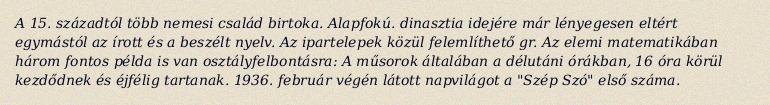
A 15. századtól több nemesi család birtoka. Alapfokú. dinasztia idejére már lényegesen eltért egymástól az írott és a beszélt nyelv. Az ipartelepek közül felemlíthető gr. Az elemi matematikában három fontos példa is van osztályfelbontásra: A műsorok általában a délutáni órákban, 16 óra körül kezdődnek és éjfélig tartanak. 1936. február végén látott napvilágot a "Szép Szó" első száma.